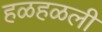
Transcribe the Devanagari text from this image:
हळहळली